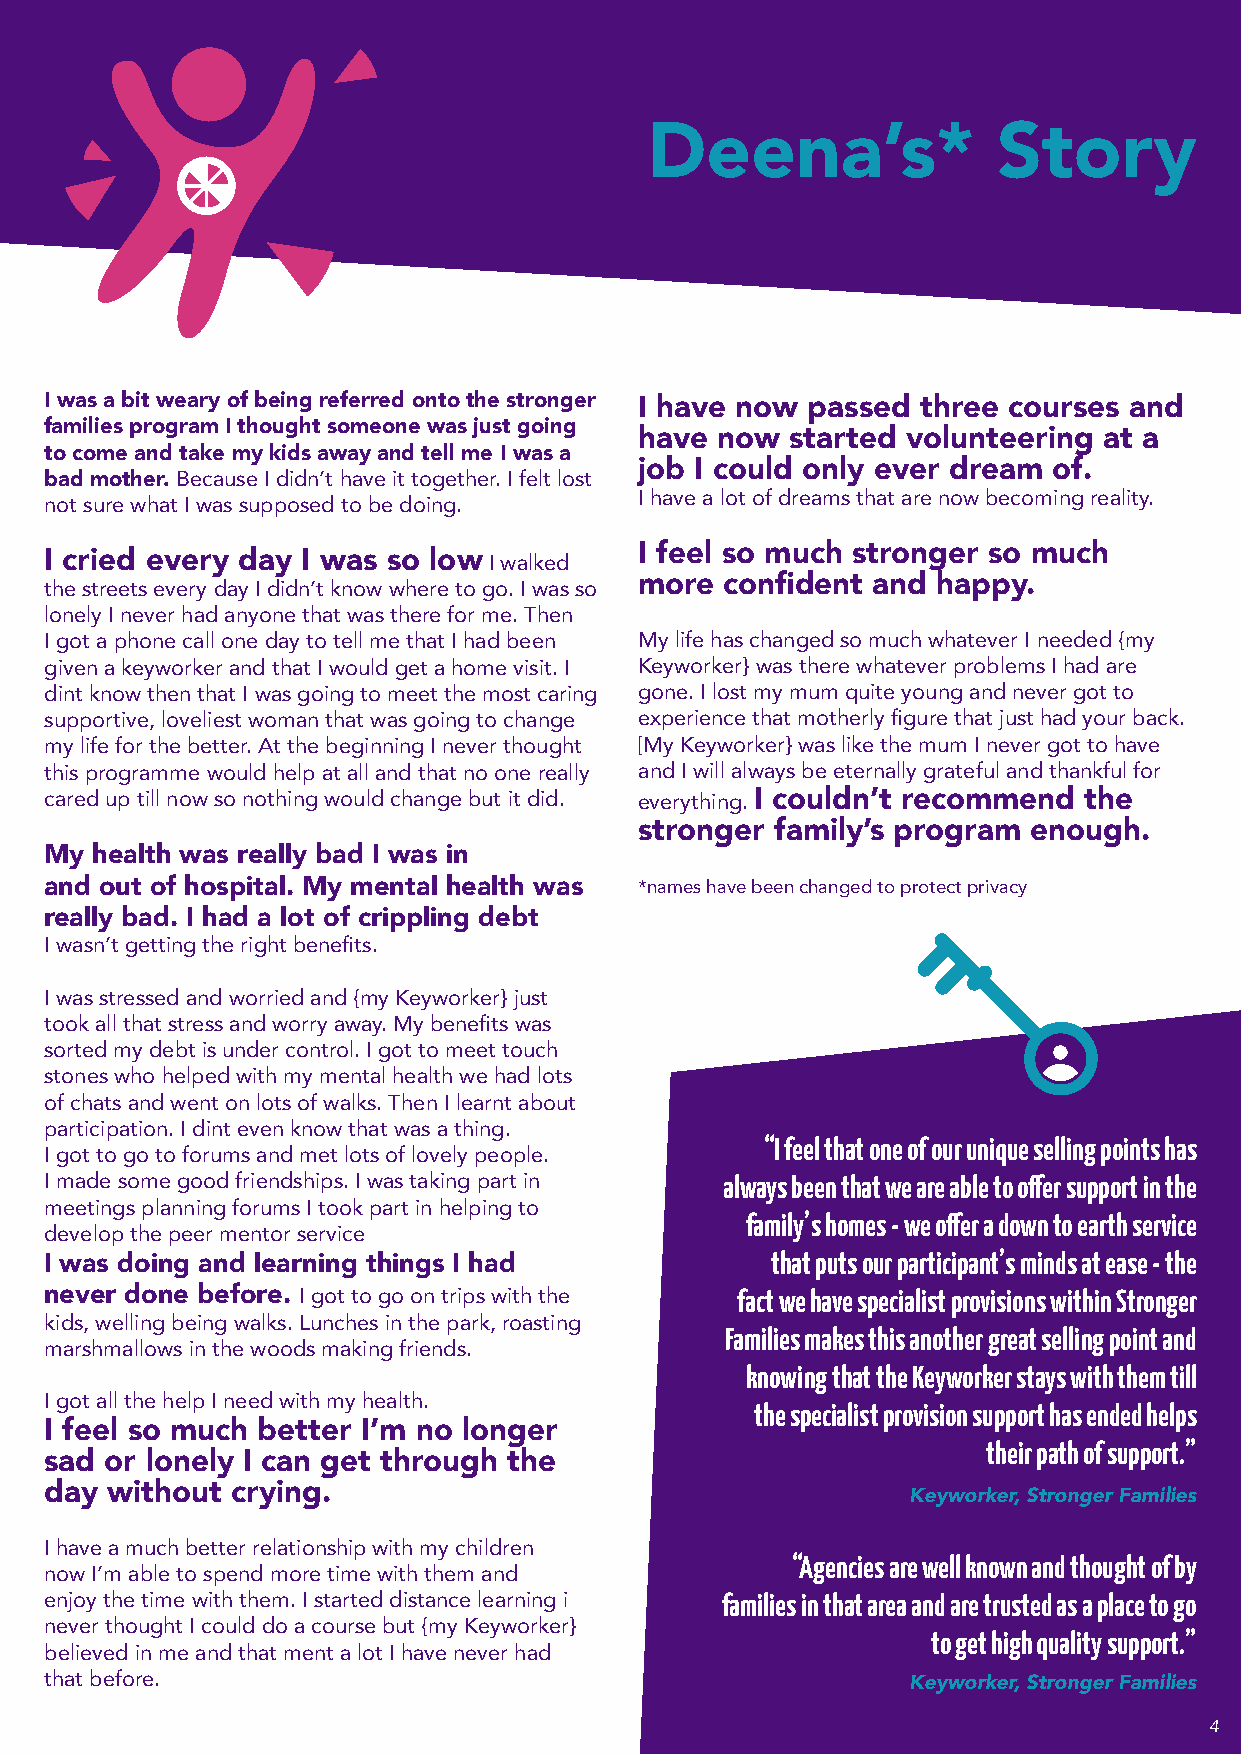
Deena’s*               Story
 I was a bit weary of being referred onto the stronger I have now passed three courses and
 families program I thought someone was just going
 have now  started volunteering at a
 to come and take my kids away and tell me I was a
 job I could only ever dream of.
 bad mother. Because I didn’t have it together. I felt lost
 I have a lot of dreams that are now becoming reality.
 not sure what I was supposed to be doing.
 I feel so much stronger so much
 I cried every day I was so low I walked
 the streets every day I didn’t know where to go. I was so more confident and happy.
 lonely I never had anyone that was there for me. Then
 I got a phone call one day to tell me that I had been My life has changed so much whatever I needed {my
 given a keyworker and that I would get a home visit. I Keyworker} was there whatever problems I had are
 dint know then that I was going to meet the most caring gone. I lost my mum quite young and never got to
 supportive, loveliest woman that was going to change experience that motherly figure that just had your back.
 my life for the better. At the beginning I never thought [My Keyworker} was like the mum I never got to have
 this programme would help at all and that no one really and I will always be eternally grateful and thankful for
 cared up till now so nothing would change but it did. everything. I couldn’t recommend the
 stronger family’s program enough.
 My health was really bad I was in
 and out of hospital. My mental health was *names have been changed to protect privacy
 really bad. I had a lot of crippling debt
 I wasn’t getting the right benefits.
 I was stressed and worried and {my Keyworker} just
 took all that stress and worry away. My benefits was
 sorted my debt is under control. I got to meet touch
 stones who helped with my mental health we had lots
 of chats and went on lots of walks. Then I learnt about
 participation. I dint even know that was a thing.
 “I feel that one of our unique selling points has
 I got to go to forums and met lots of lovely people.
 I made some good friendships. I was taking part in always been that we are able to offer support in the
 meetings planning forums I took part in helping to
 family’s homes - we offer a down to earth service
 develop the peer mentor service
 that puts our participant’s minds at ease - the
 I was doing and learning things I had
 never done before. I got to go on trips with the fact we have specialist provisions within Stronger
 kids, welling being walks. Lunches in the park, roasting
 Families makes this another great selling point and
 marshmallows in the woods making friends.
 knowing that the Keyworker stays with them till
 I got all the help I need with my health.
 the specialist provision support has ended helps
 I feel so much better I’m no longer
 their path of support.”
 sad or lonely I can get through the
 day without crying.                                      Keyworker, Stronger Families
 I have a much better relationship with my children
 “Agencies are well known and thought of by
 now I’m able to spend more time with them and
 enjoy the time with them. I started distance learning i families in that area and are trusted as a place to go
 never thought I could do a course but {my Keyworker}
 to get high quality support.”
 believed in me and that ment a lot I have never had
 that before.                                             Keyworker, Stronger Families
 4